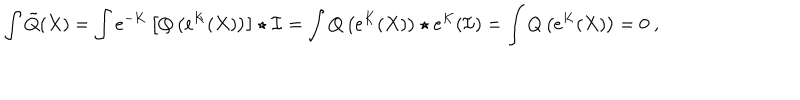
\int \tilde { Q } ( X ) = \int e ^ { - K } \left[ Q \left( e ^ { K } ( X ) \right) \right] \star \mathcal { I } = \int Q \left( e ^ { K } ( X ) \right) \star e ^ { K } ( \mathcal { I } ) = \int Q \left( e ^ { K } ( X ) \right) = 0 \ ,